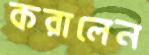
করালেন